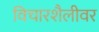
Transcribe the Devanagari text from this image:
विचारशैलीवर